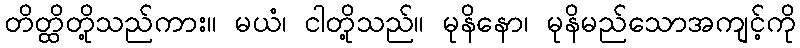
တိတ္ထိတို့သည်ကား။ မယံ၊ ငါတို့သည်။ မုနိနော၊ မုနိမည်သောအကျင့်ကို